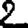
Digit: 2